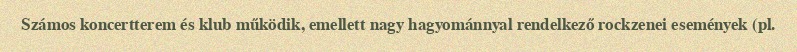
Számos koncertterem és klub működik, emellett nagy hagyománnyal rendelkező rockzenei események (pl.